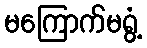
မကြောက်မရွံ့